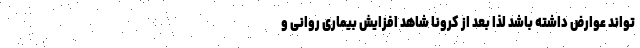
تواند عوارض داشته باشد لذا بعد از کرونا شاهد افزایش بیماری روانی و